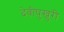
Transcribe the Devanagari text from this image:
देवीपुखुरी